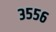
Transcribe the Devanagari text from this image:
३५५६